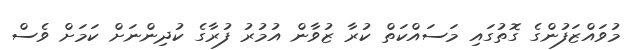
މުވައްޒަފުންގެ ގޮތުގައި މަސައްކަތް ކުރާ ޒުވާން އުމުރު ފުރާގެ ކުދިންނަށް ކަމަށް ވެސް